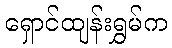
ရှောင်ထျန်းရွှမ်က